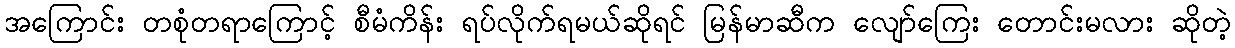
အကြောင်း တစုံတရာကြောင့် စီမံကိန်း ရပ်လိုက်ရမယ်ဆိုရင် မြန်မာဆီက လျော်ကြေး တောင်းမလား ဆိုတဲ့